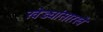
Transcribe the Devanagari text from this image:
खेड्यांसारखे